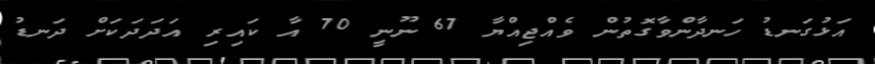
އަޅުގަނޑު ހަނދާންވާގޮތުން ވެއްޖިއްޔާ 67 ނޫނީ 70 އާ ކައިރި އަދަދަކަށް ދަނޑު